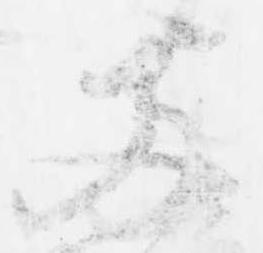
両